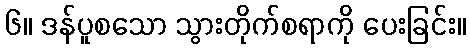
၆။ ဒန်ပူစသော သွားတိုက်စရာကို ပေးခြင်း။